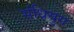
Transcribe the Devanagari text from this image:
संधियुग